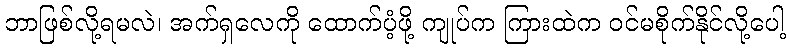
ဘာဖြစ်လို့ရမလဲ၊ အက်ရှလေကို ထောက်ပံ့ဖို့ ကျုပ်က ကြားထဲက ဝင်မစိုက်နိုင်လို့ပေါ့